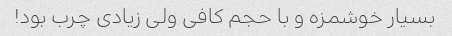
بسیار خوشمزه و با حجم کافی ولی زیادی چرب بود!